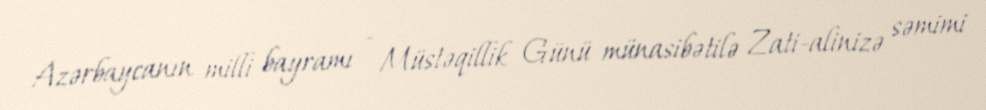
Azərbaycanın milli bayramı - Müstəqillik Günü münasibətilə Zati-alinizə səmimi